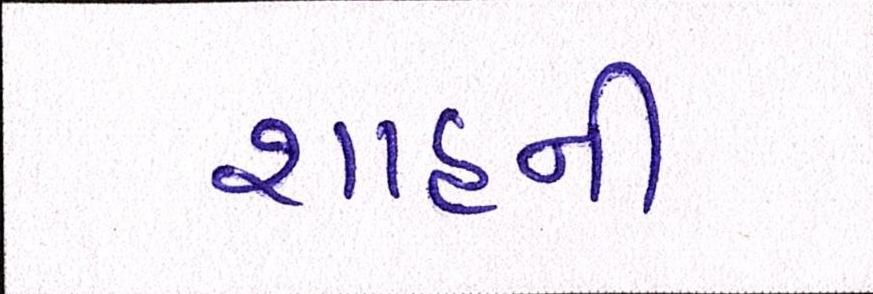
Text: શાહની